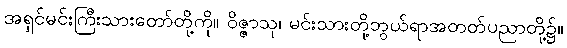
အရှင်မင်းကြီးသားတော်တို့ကို။ ဝိဇ္ဇာသု၊ မင်းသားတို့ဘွယ်ရာအတတ်ပညာတို့၌။